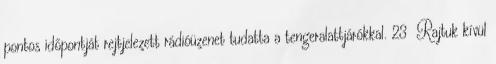
pontos időpontját rejtjelezett rádióüzenet tudatta a tengeralattjárókkal. 23 Rajtuk kívül